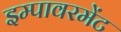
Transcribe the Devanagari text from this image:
इम्पावरमेंट